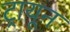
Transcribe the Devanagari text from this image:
ट्रायून